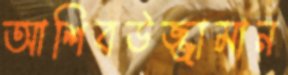
আশিবউজ্জামান